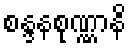
စန္ဒနစုဏ္ဏာနိ